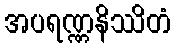
အပရဏ္ဏနိဿိတံ